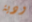
ودية